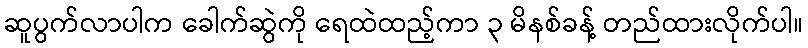
ဆူပွက်လာပါက ခေါက်ဆွဲကို ရေထဲထည့်ကာ ၃ မိနစ်ခန့် တည်ထားလိုက်ပါ။